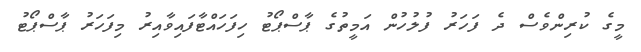
މީގެ ކުރިންވެސް ދެ ފަހަރު ފުލުހުން އަމީތުގެ ޕާސްޕޯޓު ހިފަހައްޓާފައިވާއިރު މިފަހަރު ޕާސްޕޯޓު